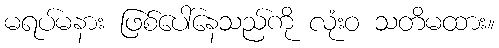
မရပ်မနား ဖြစ်ပေါ်နေသည်ကို လုံးဝ သတိမထား။